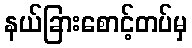
နယ်ခြားစောင့်တပ်မှ